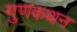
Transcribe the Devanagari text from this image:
गुणकथन